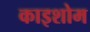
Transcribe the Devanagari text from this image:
काइशोम